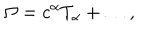
LaTeX: \Omega = c ^ { \alpha } T _ { \alpha } + \ldots ,